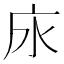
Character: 𢇤